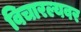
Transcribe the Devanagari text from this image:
विचारल्यवर